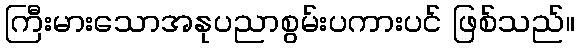
ကြီးမားသောအနုပညာစွမ်းပကားပင် ဖြစ်သည်။